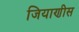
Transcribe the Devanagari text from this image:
जियाणीस